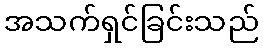
အသက်ရှင်ခြင်းသည်